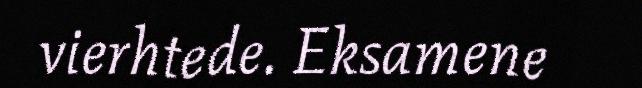
vierhtede. Eksamene